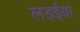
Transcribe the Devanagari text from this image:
लड़ईयां